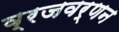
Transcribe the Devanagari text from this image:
व्रजवर्णन